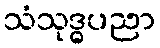
သံသုဒ္ဓပညာ